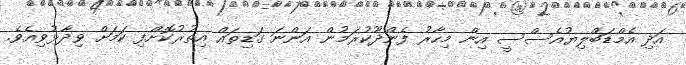
އަދި އެމްޑަބްލިޔުއެސްސީ އިން މިހާރު ފެންދޫކުރަމުން އަންނަ ގަޑިތައް އިތުރުކޮށްފި ކަމަށް ވިދާޅުވިއެވެ.